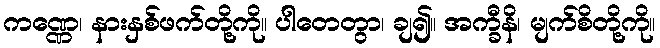
ကဏ္ဏေ၊ နားနှစ်ဖက်တို့ကို။ ပါတေတွာ၊ ချ၍။ အက္ခီနိ၊ မျက်စိတို့ကို။